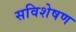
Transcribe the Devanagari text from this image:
सविशेषण